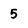
Character: 5